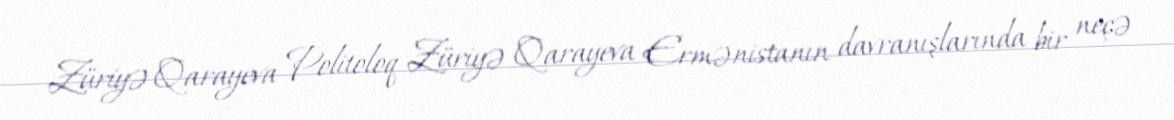
Züriyə Qarayeva Politoloq Züriyə Qarayeva Ermənistanın davranışlarında bir neçə